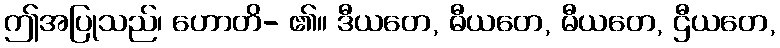
ဤအပြုသည်၊ ဟောတိ- ၏။ ဒီယတေ, ဓီယတေ, မီယတေ, ဌီယတေ,